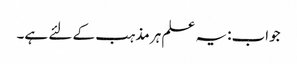
جواب:یہ علم ہر مذہب کے لئے ہے۔